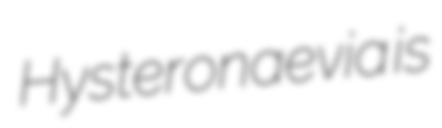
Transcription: Hysteronaevia is